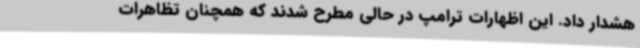
هشدار داد. این اظهارات ترامپ در حالی مطرح شدند که همچنان تظاهرات